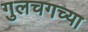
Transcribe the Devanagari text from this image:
गुलचगच्या